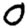
Digit: 0